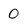
Character: O